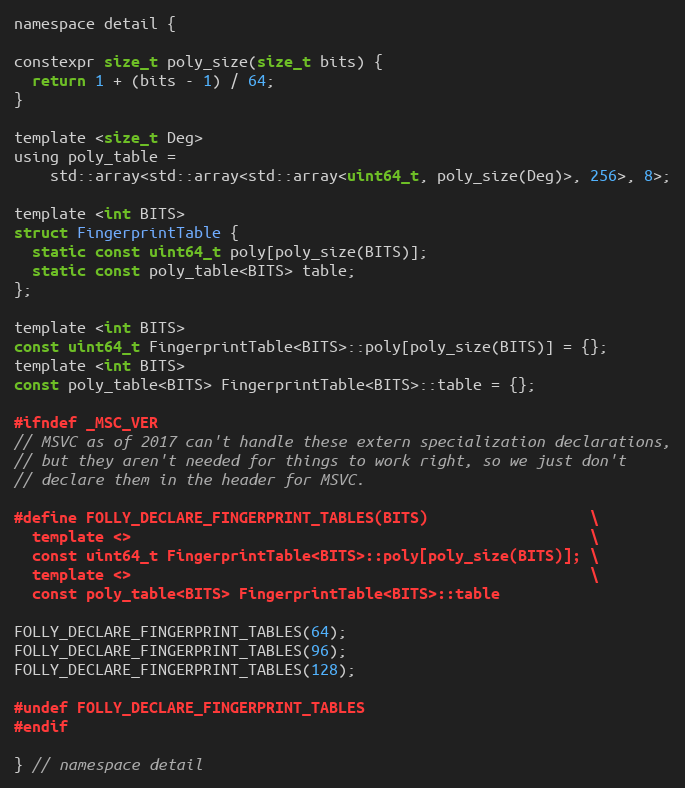
Language: C
namespace detail {

constexpr size_t poly_size(size_t bits) {
  return 1 + (bits - 1) / 64;
}

template <size_t Deg>
using poly_table =
    std::array<std::array<std::array<uint64_t, poly_size(Deg)>, 256>, 8>;

template <int BITS>
struct FingerprintTable {
  static const uint64_t poly[poly_size(BITS)];
  static const poly_table<BITS> table;
};

template <int BITS>
const uint64_t FingerprintTable<BITS>::poly[poly_size(BITS)] = {};
template <int BITS>
const poly_table<BITS> FingerprintTable<BITS>::table = {};

#ifndef _MSC_VER
// MSVC as of 2017 can't handle these extern specialization declarations,
// but they aren't needed for things to work right, so we just don't
// declare them in the header for MSVC.

#define FOLLY_DECLARE_FINGERPRINT_TABLES(BITS)                  \
  template <>                                                   \
  const uint64_t FingerprintTable<BITS>::poly[poly_size(BITS)]; \
  template <>                                                   \
  const poly_table<BITS> FingerprintTable<BITS>::table

FOLLY_DECLARE_FINGERPRINT_TABLES(64);
FOLLY_DECLARE_FINGERPRINT_TABLES(96);
FOLLY_DECLARE_FINGERPRINT_TABLES(128);

#undef FOLLY_DECLARE_FINGERPRINT_TABLES
#endif

} // namespace detail